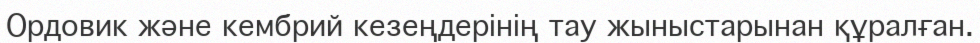
Ордовик және кембрий кезеңдерінің тау жыныстарынан құралған.